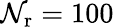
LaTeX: \mathcal{N}_{\mathrm{{r}}}=100